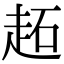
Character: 䞠